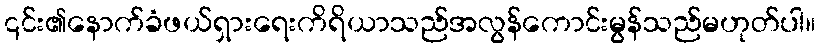
၎င်း၏နောက်ခံဖယ်ရှားရေးကိရိယာသည်အလွန်ကောင်းမွန်သည်မဟုတ်ပါ။